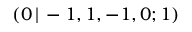
( 0 \, | \, - 1 , 1 , - 1 , 0 ; 1 )